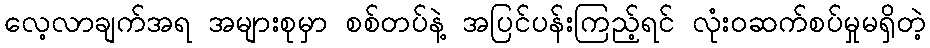
လေ့လာချက်အရ အများစုမှာ စစ်တပ်နဲ့ အပြင်ပန်းကြည့်ရင် လုံးဝဆက်စပ်မှုမရှိတဲ့